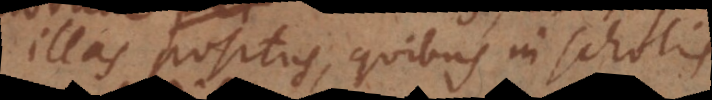
illas positus, quibus in scholis